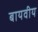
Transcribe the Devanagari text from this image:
बायवीय